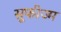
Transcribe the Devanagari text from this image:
सूफीज्म